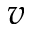
v